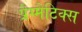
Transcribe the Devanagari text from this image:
प्रैग्मैटिक्स